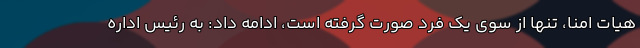
هیات امنا، تنها از سوی یک فرد صورت گرفته است، ادامه داد: به رئیس اداره